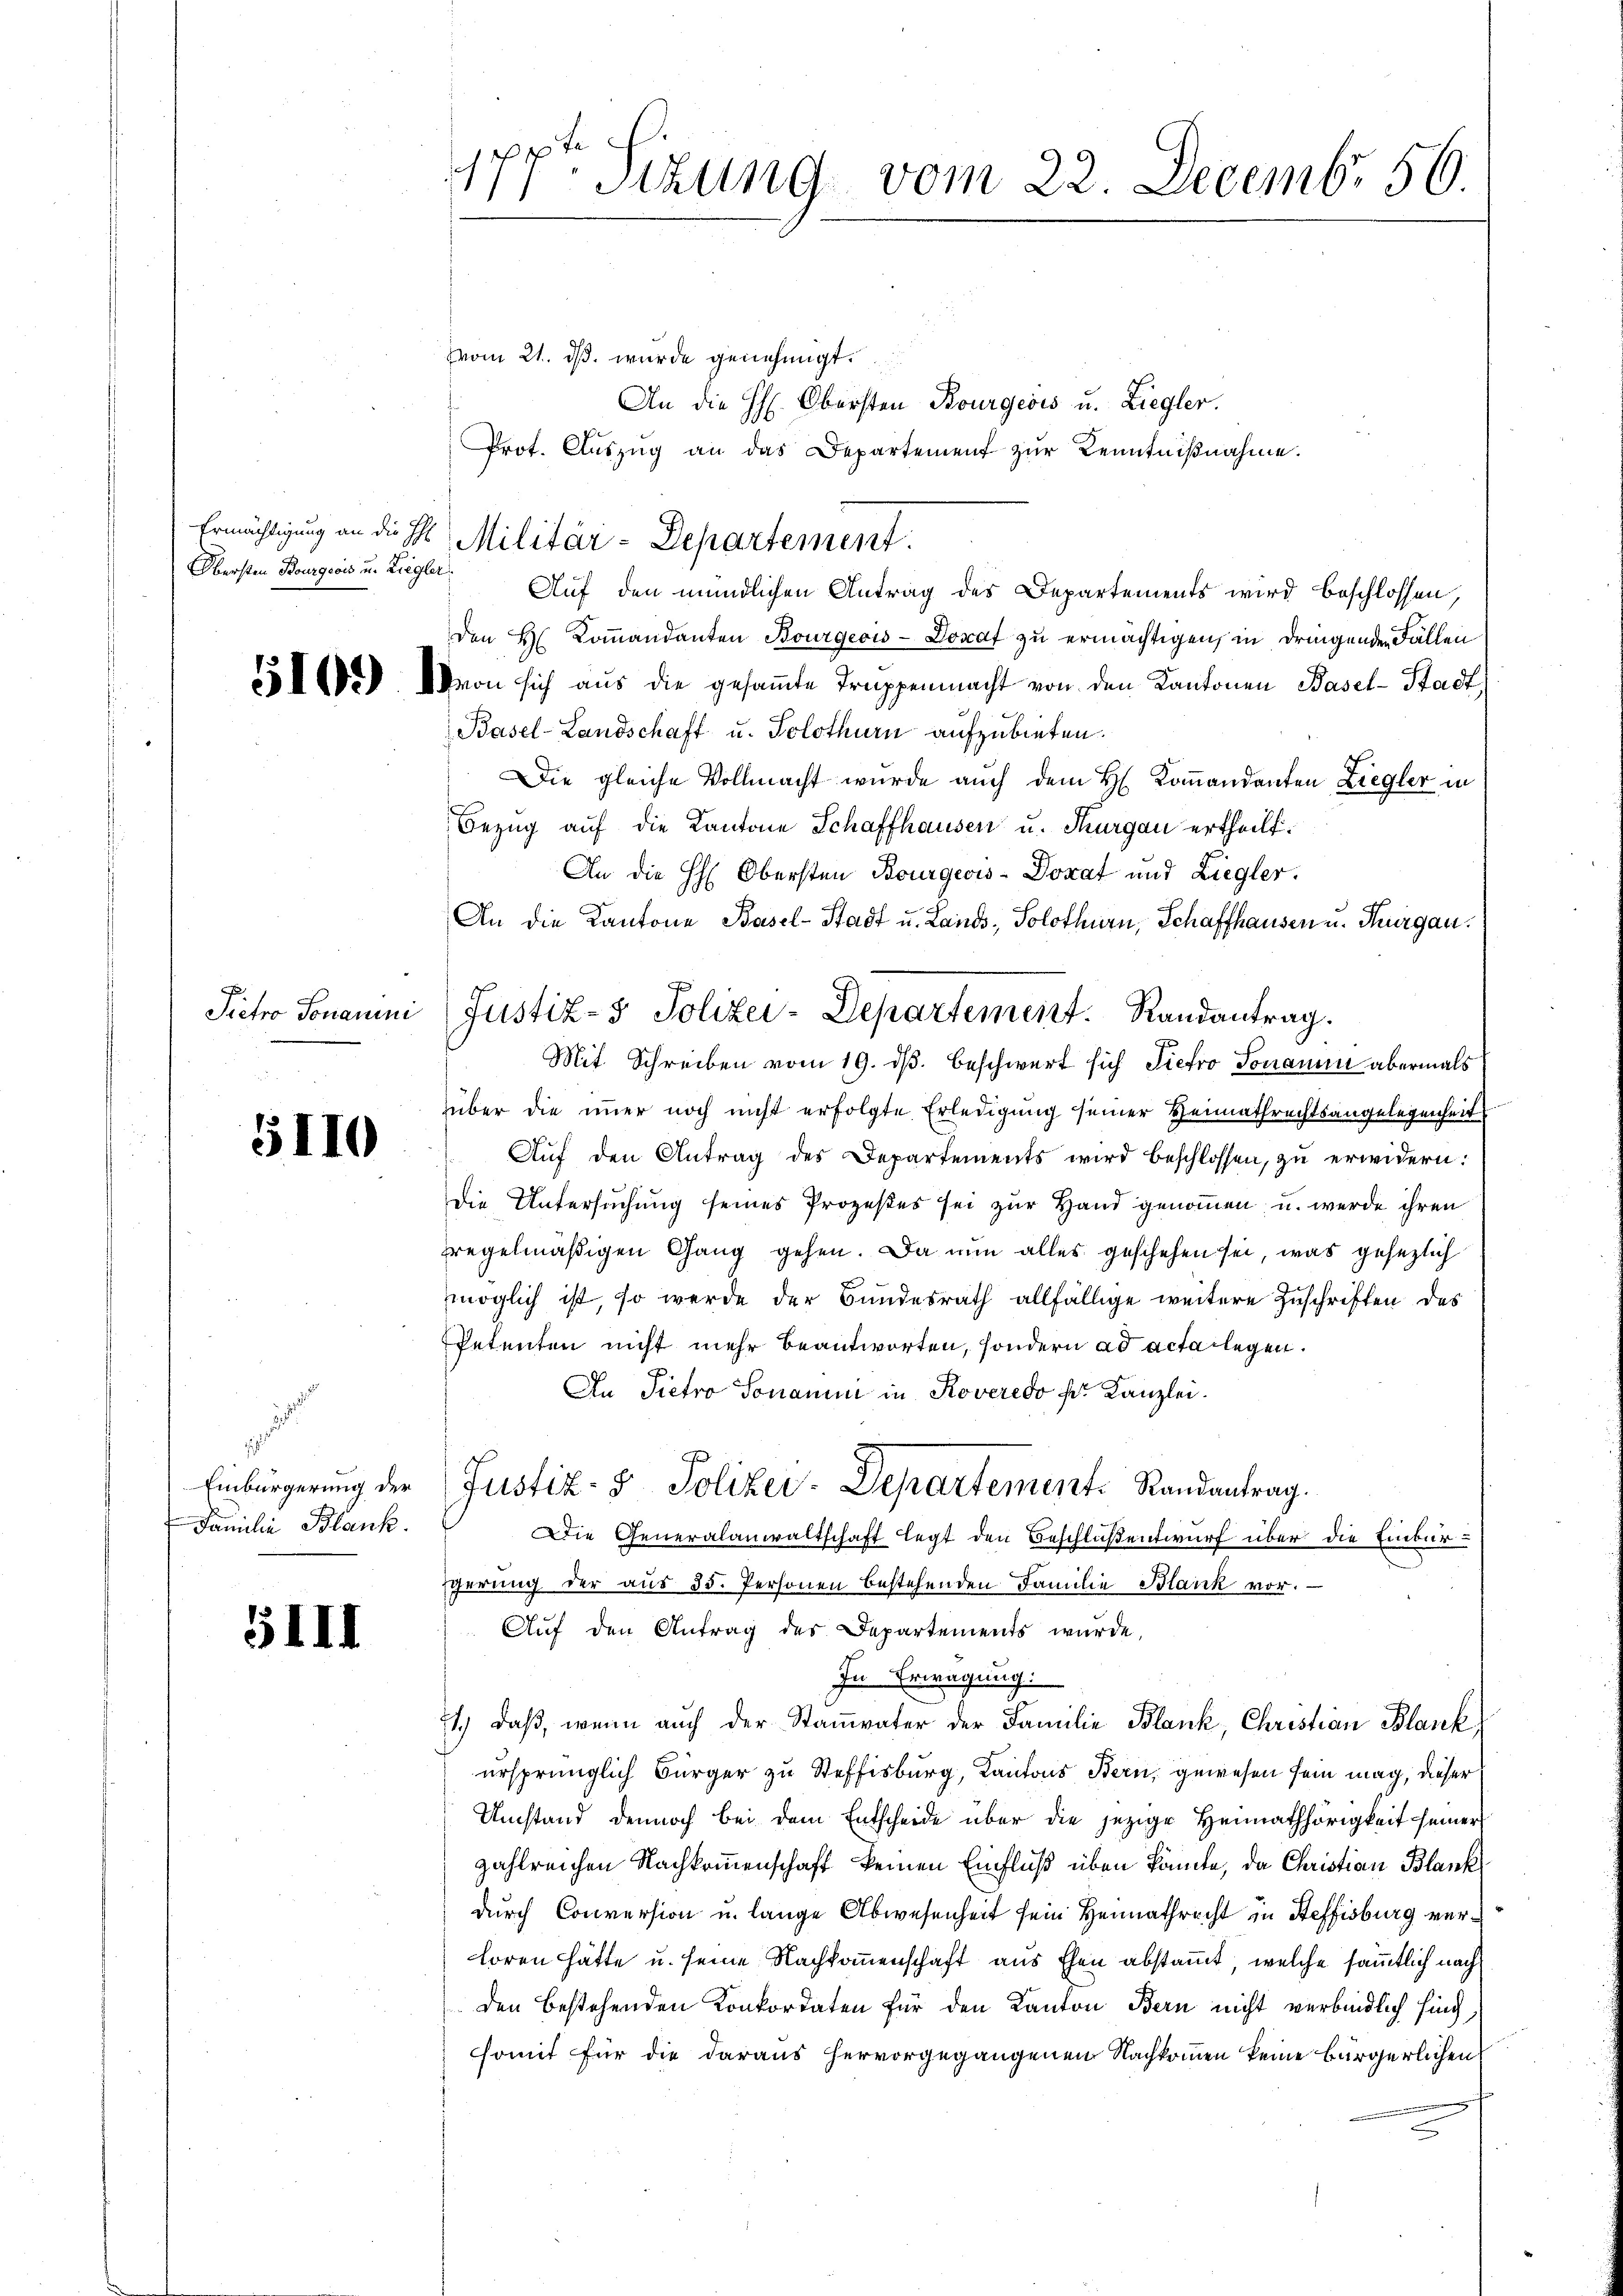
Obersten Bourgeois u. Ziegler.

5110

a
1
Einbürgerung der
 Familie Blank.

III

177t Sitzung vom 22. Decembr 56.

vom 21. ds. wurde genehmigt.
An die HH. Obersten Bourgeois u. Ziegler.
Prot. Aŭszŭg an das Departement zŭr Kenntnißnahme.
Auf den mündlichen Antrag des Departements wird beschlossen,
Den Hs. Koṁandanten Bourgeois-Donat zu ermächtigen, in dringenden Fällen
552. Von sich aŭs die gesaṁte Truppenmacht von den Kantonen Basel-Stadt
Basel-Landschaft u. Solothurn aufzubieten.
Die gleiche Vollmacht wurde auch dem H. Koṁandanten Ziegler in
Bezug auf die Kantone Schaffhausen u. Thurgau ertheilt.
An die H: Obersten Bourgeois-Dorat und Ziegler.
An die Kantone Basel-Stadt u. Lands, Solothurn, Schaffhausen u. Thurgau.
Mit Schreiben vom 19. dβ beschwert sich Tiefro Tonamin abermals
über die immer noch nicht erfolgte Erledigung seiner Heimathrechtsangelegenheit
 Aŭf den Antrag des Departements wird beschlossen, zŭ erwidern:
Die Untersuchung seines Prozeßes sei zur Hand genommen, u. werde ihren
regelmäßigen Gang gehen. Da nun alles geschehen sei, was gesezlich
möglich ist, so werde der Bundesrath allfällige weitere Zuschriften des
Petenten nicht mehr beantworten, sondern ad acta legen.
An Pietro Sonamni in Roveredo pr. Kanzlei.
A
Justiz- & Polizey-Departement. Randantrag.
Die Generalanwaltschaft legt den Beschloßentwurf über die Einbür-
gerung der aus 35. Personen bestehenden Familie Blank vor.
Aŭf den Antrag des Departements wŭrde,
In Erwägung.
71.) daß, wenn auch der Stammvater der Familie Blank, Christian Blank,
ursprünglich Bürger zu Steffisburg, Kantons Bern, gewesen sein mag, dieser
Umstand dennoch bei dem Entscheide über die jezige Heimathörigkeit seiner
zahlreichen Nachkommenschaft keinen Einfluß üben könnte, da Christian Blank
durch Conversion u. lange Abwesenheit sein Heimathrecht in Steffisburg verloren hätte u. seine Nachkommenschaft aus Ehen abstammt, welche sämmtlich nach
den bestehenden Konkordaten für den Kanton Bern nicht verbindlich sing,
somit für die daraus hervorgegangenen Nachkommen keine bürgerlichen

Ermächtigung an die St. Militär-Departement.

Sietro Sonamni (Justiz- & Polizei-Departement. Randantrag.